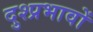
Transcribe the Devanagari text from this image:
दुश्प्रभावों